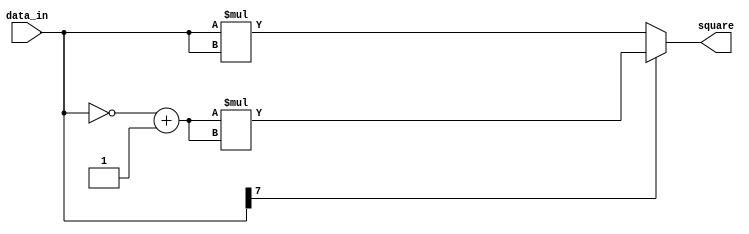
module resource_share1 (data_in,square);
input [7:0]   data_in;     //
output [15:0]  square;
wire  [7:0]   data_bar;

assign data_bar = ~data_in + 1;
assign square=(data_in[7])? (data_bar*data_bar) : (data_in*data_in);
endmodule